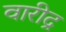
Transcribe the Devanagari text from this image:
वारीद्र